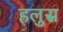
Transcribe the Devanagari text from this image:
हलुस्र